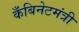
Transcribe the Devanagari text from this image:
कँबिनेटमंत्री